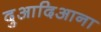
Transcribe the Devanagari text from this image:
दुआदिआना